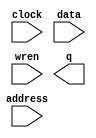
// megafunction wizard: %RAM: 1-PORT%VBB%
// GENERATION: STANDARD
// VERSION: WM1.0
// MODULE: altsyncram 

// ============================================================
// Megafunction Name(s):
// 			altsyncram
//
// Simulation Library Files(s):
// 			altera_mf
// ============================================================
// ************************************************************
// THIS IS A WIZARD-GENERATED FILE. DO NOT EDIT THIS FILE!
//
// 16.1.0 Build 196 10/24/2016 SJ Lite Edition
// ************************************************************

//Copyright (C) 2016  Intel Corporation. All rights reserved.
//Your use of Intel Corporation's design tools, logic functions 
//and other software and tools, and its AMPP partner logic 
//functions, and any output files from any of the foregoing 
//(including device programming or simulation files), and any 
//associated documentation or information are expressly subject 
//to the terms and conditions of the Intel Program License 
//Subscription Agreement, the Intel Quartus Prime License Agreement,
//the Intel MegaCore Function License Agreement, or other 
//applicable license agreement, including, without limitation, 
//that your use is for the sole purpose of programming logic 
//devices manufactured by Intel and sold by Intel or its 
//authorized distributors.  Please refer to the applicable 
//agreement for further details.

module ram32x4 (
	address,
	clock,
	data,
	wren,
	q);

	input	[4:0]  address;
	input	  clock;
	input	[3:0]  data;
	input	  wren;
	output	[3:0]  q;
`ifndef ALTERA_RESERVED_QIS
// synopsys translate_off
`endif
	tri1	  clock;
`ifndef ALTERA_RESERVED_QIS
// synopsys translate_on
`endif

endmodule

// ============================================================
// CNX file retrieval info
// ============================================================
// Retrieval info: PRIVATE: ADDRESSSTALL_A NUMERIC "0"
// Retrieval info: PRIVATE: AclrAddr NUMERIC "0"
// Retrieval info: PRIVATE: AclrByte NUMERIC "0"
// Retrieval info: PRIVATE: AclrData NUMERIC "0"
// Retrieval info: PRIVATE: AclrOutput NUMERIC "0"
// Retrieval info: PRIVATE: BYTE_ENABLE NUMERIC "0"
// Retrieval info: PRIVATE: BYTE_SIZE NUMERIC "8"
// Retrieval info: PRIVATE: BlankMemory NUMERIC "1"
// Retrieval info: PRIVATE: CLOCK_ENABLE_INPUT_A NUMERIC "0"
// Retrieval info: PRIVATE: CLOCK_ENABLE_OUTPUT_A NUMERIC "0"
// Retrieval info: PRIVATE: Clken NUMERIC "0"
// Retrieval info: PRIVATE: DataBusSeparated NUMERIC "1"
// Retrieval info: PRIVATE: IMPLEMENT_IN_LES NUMERIC "0"
// Retrieval info: PRIVATE: INIT_FILE_LAYOUT STRING "PORT_A"
// Retrieval info: PRIVATE: INIT_TO_SIM_X NUMERIC "0"
// Retrieval info: PRIVATE: INTENDED_DEVICE_FAMILY STRING "Cyclone IV GX"
// Retrieval info: PRIVATE: JTAG_ENABLED NUMERIC "0"
// Retrieval info: PRIVATE: JTAG_ID STRING "NONE"
// Retrieval info: PRIVATE: MAXIMUM_DEPTH NUMERIC "0"
// Retrieval info: PRIVATE: MIFfilename STRING ""
// Retrieval info: PRIVATE: NUMWORDS_A NUMERIC "32"
// Retrieval info: PRIVATE: RAM_BLOCK_TYPE NUMERIC "2"
// Retrieval info: PRIVATE: READ_DURING_WRITE_MODE_PORT_A NUMERIC "3"
// Retrieval info: PRIVATE: RegAddr NUMERIC "1"
// Retrieval info: PRIVATE: RegData NUMERIC "1"
// Retrieval info: PRIVATE: RegOutput NUMERIC "0"
// Retrieval info: PRIVATE: SYNTH_WRAPPER_GEN_POSTFIX STRING "0"
// Retrieval info: PRIVATE: SingleClock NUMERIC "1"
// Retrieval info: PRIVATE: UseDQRAM NUMERIC "1"
// Retrieval info: PRIVATE: WRCONTROL_ACLR_A NUMERIC "0"
// Retrieval info: PRIVATE: WidthAddr NUMERIC "5"
// Retrieval info: PRIVATE: WidthData NUMERIC "4"
// Retrieval info: PRIVATE: rden NUMERIC "0"
// Retrieval info: LIBRARY: altera_mf altera_mf.altera_mf_components.all
// Retrieval info: CONSTANT: CLOCK_ENABLE_INPUT_A STRING "BYPASS"
// Retrieval info: CONSTANT: CLOCK_ENABLE_OUTPUT_A STRING "BYPASS"
// Retrieval info: CONSTANT: INTENDED_DEVICE_FAMILY STRING "Cyclone IV GX"
// Retrieval info: CONSTANT: LPM_HINT STRING "ENABLE_RUNTIME_MOD=NO"
// Retrieval info: CONSTANT: LPM_TYPE STRING "altsyncram"
// Retrieval info: CONSTANT: NUMWORDS_A NUMERIC "32"
// Retrieval info: CONSTANT: OPERATION_MODE STRING "SINGLE_PORT"
// Retrieval info: CONSTANT: OUTDATA_ACLR_A STRING "NONE"
// Retrieval info: CONSTANT: OUTDATA_REG_A STRING "UNREGISTERED"
// Retrieval info: CONSTANT: POWER_UP_UNINITIALIZED STRING "FALSE"
// Retrieval info: CONSTANT: RAM_BLOCK_TYPE STRING "M9K"
// Retrieval info: CONSTANT: READ_DURING_WRITE_MODE_PORT_A STRING "NEW_DATA_NO_NBE_READ"
// Retrieval info: CONSTANT: WIDTHAD_A NUMERIC "5"
// Retrieval info: CONSTANT: WIDTH_A NUMERIC "4"
// Retrieval info: CONSTANT: WIDTH_BYTEENA_A NUMERIC "1"
// Retrieval info: USED_PORT: address 0 0 5 0 INPUT NODEFVAL "address[4..0]"
// Retrieval info: USED_PORT: clock 0 0 0 0 INPUT VCC "clock"
// Retrieval info: USED_PORT: data 0 0 4 0 INPUT NODEFVAL "data[3..0]"
// Retrieval info: USED_PORT: q 0 0 4 0 OUTPUT NODEFVAL "q[3..0]"
// Retrieval info: USED_PORT: wren 0 0 0 0 INPUT NODEFVAL "wren"
// Retrieval info: CONNECT: @address_a 0 0 5 0 address 0 0 5 0
// Retrieval info: CONNECT: @clock0 0 0 0 0 clock 0 0 0 0
// Retrieval info: CONNECT: @data_a 0 0 4 0 data 0 0 4 0
// Retrieval info: CONNECT: @wren_a 0 0 0 0 wren 0 0 0 0
// Retrieval info: CONNECT: q 0 0 4 0 @q_a 0 0 4 0
// Retrieval info: GEN_FILE: TYPE_NORMAL ram32x4.v TRUE
// Retrieval info: GEN_FILE: TYPE_NORMAL ram32x4.inc FALSE
// Retrieval info: GEN_FILE: TYPE_NORMAL ram32x4.cmp FALSE
// Retrieval info: GEN_FILE: TYPE_NORMAL ram32x4.bsf FALSE
// Retrieval info: GEN_FILE: TYPE_NORMAL ram32x4_inst.v FALSE
// Retrieval info: GEN_FILE: TYPE_NORMAL ram32x4_bb.v TRUE
// Retrieval info: LIB_FILE: altera_mf